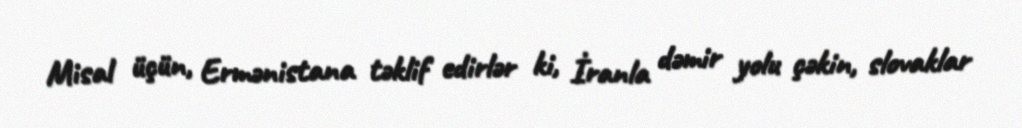
Misal üçün, Ermənistana təklif edirlər ki, İranla dəmir yolu çəkin, slovaklar